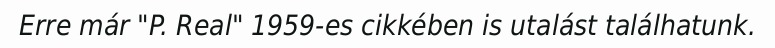
Erre már "P. Real" 1959-es cikkében is utalást találhatunk.